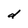
Character: d